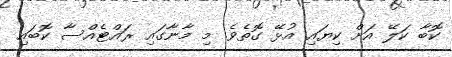
ކޮބާ ކަލޭ އަށް ކިޔައި އުޅޭ ގޮތެވެ. މި މާނާގައި ރައްޓެއްސާ ކޮބައި